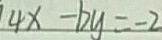
4 x - b y = - 2